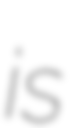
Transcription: is